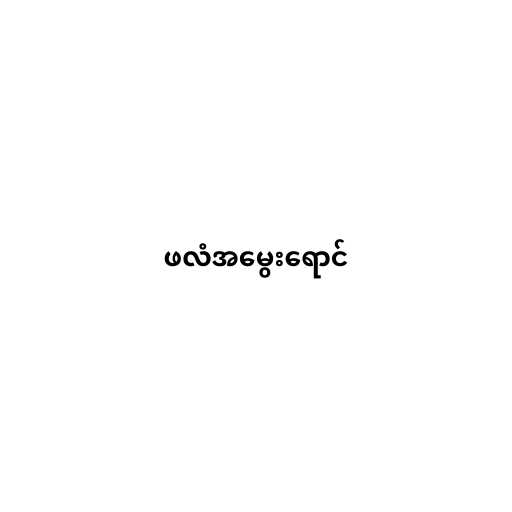
ဖလံအမွေးရောင်